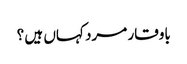
باوقار مرد کہاں ہیں ؟